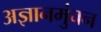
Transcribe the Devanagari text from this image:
अज्ञानमुंचन